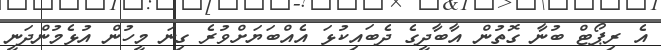
އެ ރިޕޯޓް ބުނާ ގޮތުން އާބާދީގެ ދެބައިކުޅަ އެއްބަޔަށްވުރެ ގިނަ މީހުން އުޅެމުންދަނީ